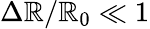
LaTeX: \Delta\mathbb{R}/\mathbb{R}_{0}\ll1